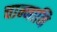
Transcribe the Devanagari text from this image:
चान्नानि